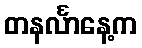
တနင်္လာနေ့က